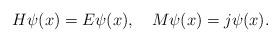
LaTeX: \begin{align*}H\psi(x)=E\psi(x),\quad M\psi(x)=j\psi(x).\end{align*}